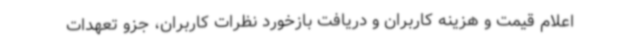
اعلام قیمت و هزینه کاربران و دریافت بازخورد نظرات کاربران، جزو تعهدات